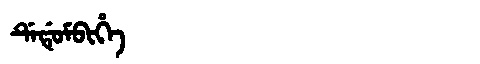
Manchu: ᡩᡝᡩᡠᠮᠪᡳᡥᡝ
Romanization: DEDUMBIHE